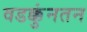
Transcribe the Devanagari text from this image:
वडक्कुंनतन